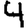
Digit: 4